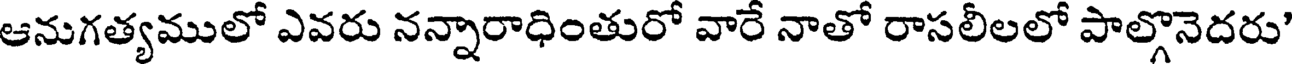
ఆనుగత్యములో ఎవరు నన్నారాధింతురో వారే నాతో రాసలీలలో పాల్గొనెదరు